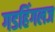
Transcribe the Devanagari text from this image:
गडहिंगलज